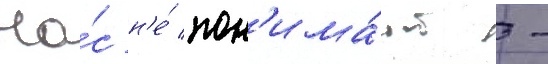
На́с н'е́ пон'има́ют -